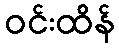
ဝင်းထိန်